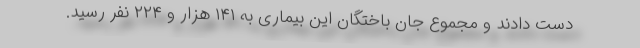
دست دادند و مجموع جان باختگان این بیماری به ۱۴۱ هزار و ۲۲۴ نفر رسید.